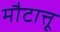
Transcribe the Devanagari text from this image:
मौटात्तू